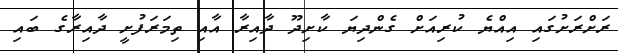
ރަށްރަށުގައި އިއްޔެ ކުރިއަށް ގެންދިޔަ ކާށިދޫ ދާއިރާ އާއި ތިމަރަފުށީ ދާއިރާގެ ބައި